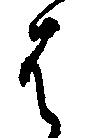
は